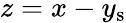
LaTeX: z=x-y_{\mathrm{s}}